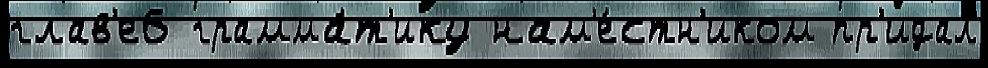
глав'е6 грамма́т'ику нам'е́стн'иком пр'идал